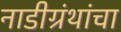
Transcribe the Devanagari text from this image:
नाडीग्रंथांचा